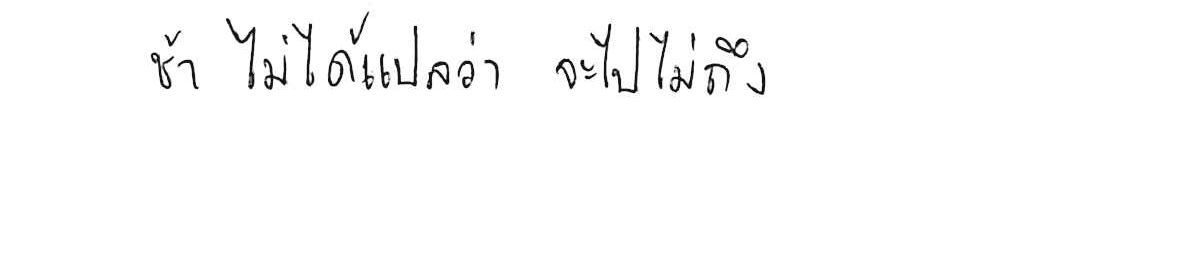
ช้า ไม่ได้แปลว่า จะไปไม่ถึง